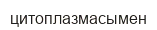
цитоплазмасымен